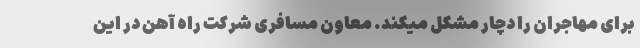
برای مهاجران را دچار مشکل میکند. معاون مسافری شرکت راه‌ آهن در این